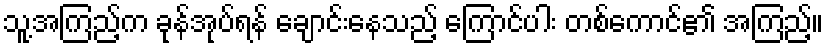
သူ့အကြည့်က ခုန်အုပ်ရန် ချောင်းနေသည့် ကြောင်ပါး တစ်ကောင်၏ အကြည့်။